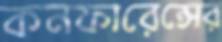
কনফারেন্সের